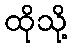
ထိုသို့